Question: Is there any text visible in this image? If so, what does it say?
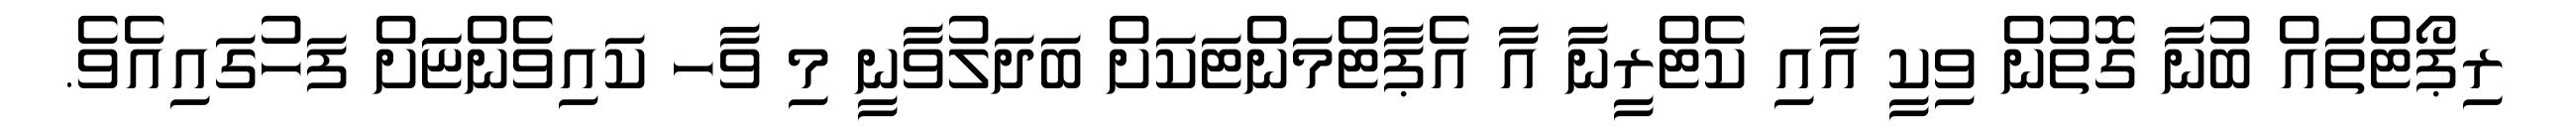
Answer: ރިޕޯޓްތައް ބުނާ ގޮތުން ވިކީ އާއި ކެޓްރީނާ އާ އެޕާޓްމަންޓަކަށް ބަދަލުވާނީ މި ވާހ ކައިވެންޏަަށް ފަހުގައިއެވެ.